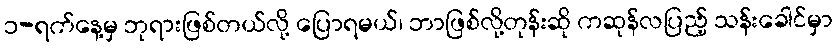
၁-ရက်နေ့မှ ဘုရားဖြစ်တယ်လို့ ပြောရမယ်၊ ဘာဖြစ်လို့တုန်းဆို ကဆုန်လပြည့် သန်းခေါင်မှာ